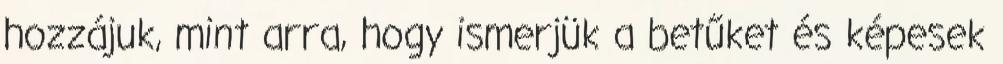
hozzájuk, mint arra, hogy ismerjük a betűket és képesek